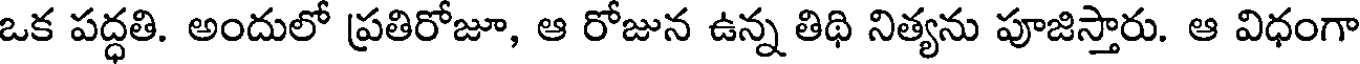
ఒక పద్ధతి. అందులో ప్రతిరోజూ, ఆ రోజున ఉన్న తిథి నిత్యను పూజిస్తారు. ఆ విధంగా